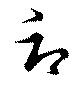
辱